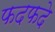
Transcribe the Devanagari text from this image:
फदफदे